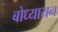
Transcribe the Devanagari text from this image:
बोध्यायन